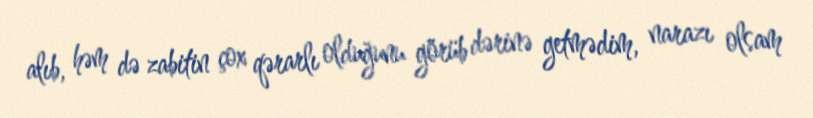
alıb, həm də zabitin çox qərarlı olduğunu görüb dərinə getmədim, narazı olsam